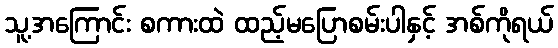
သူ့အကြောင်း စကားထဲ ထည့်မပြောစမ်းပါနှင့် အစ်ကိုရယ်